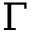
\Gamma